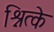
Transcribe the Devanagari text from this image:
श्नित्के